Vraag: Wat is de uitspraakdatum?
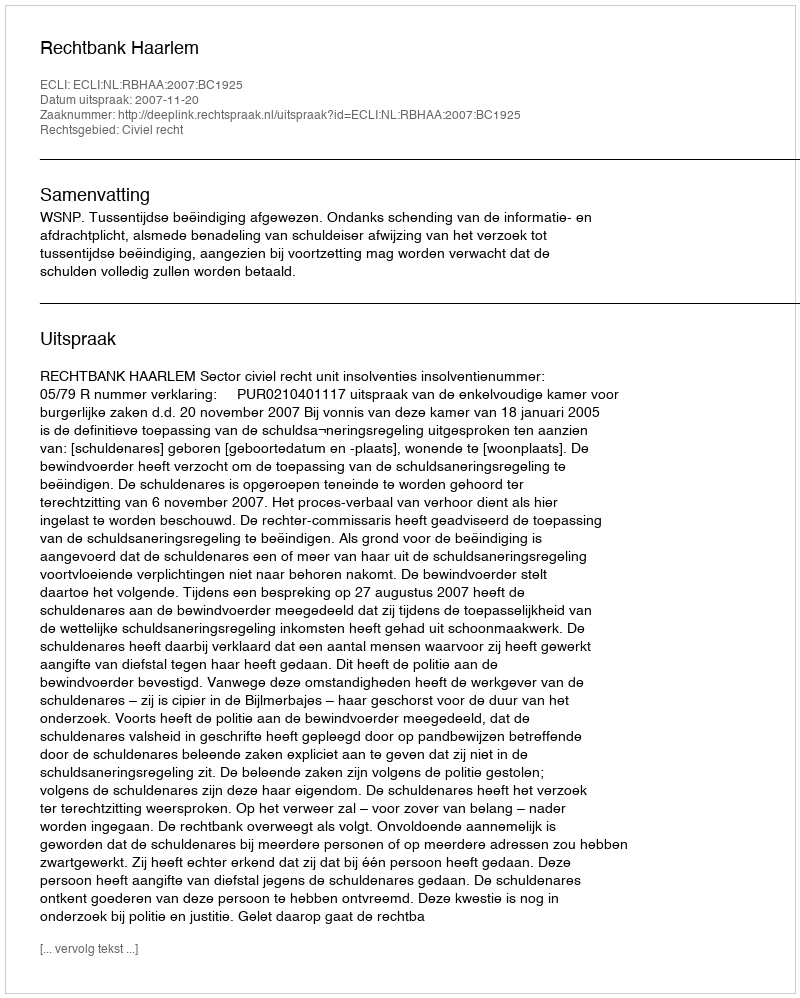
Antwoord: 2007-11-20